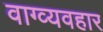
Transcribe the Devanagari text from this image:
वाग्व्यवहार